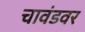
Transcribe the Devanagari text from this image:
चावंडवर